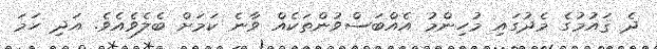
ދެ ޤައުމުގެ މެދުގައި މުހިންމު އެއްބަސްވުންތަކެއް ވާނެ ކަމަށް ބެލެވެއެވެ. އަދި ހަމަ